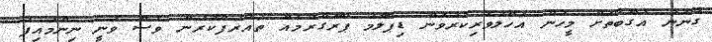
ގާނޫނު އުގޫބާތަށް މީހުން އަހްލުވެރިކުރުވަން ޑިޕްލޮމާ ޕްރޮގްރާމެއް ތައާރަފްކުރަން ވެސް ވަނީ ނިންމައިފަ